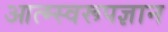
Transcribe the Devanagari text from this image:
आत्म्स्वरूपज्ञान